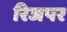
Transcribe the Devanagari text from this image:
रिजपर